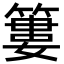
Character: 簍